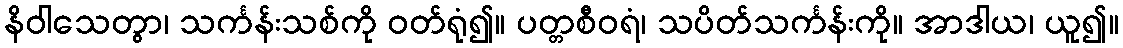
နိဝါသေတွာ၊ သင်္ကန်းသစ်ကို ဝတ်ရုံ၍။ ပတ္တစီဝရံ၊ သပိတ်သင်္ကန်းကို။ အာဒါယ၊ ယူ၍။